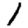
Digit: 1